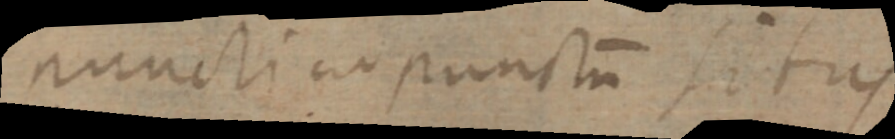
puncti ad punctum situs